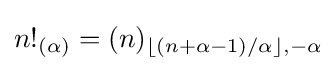
n!_{(\alpha )}=(n)_{\lfloor (n+\alpha -1)/\alpha \rfloor ,-\alpha }